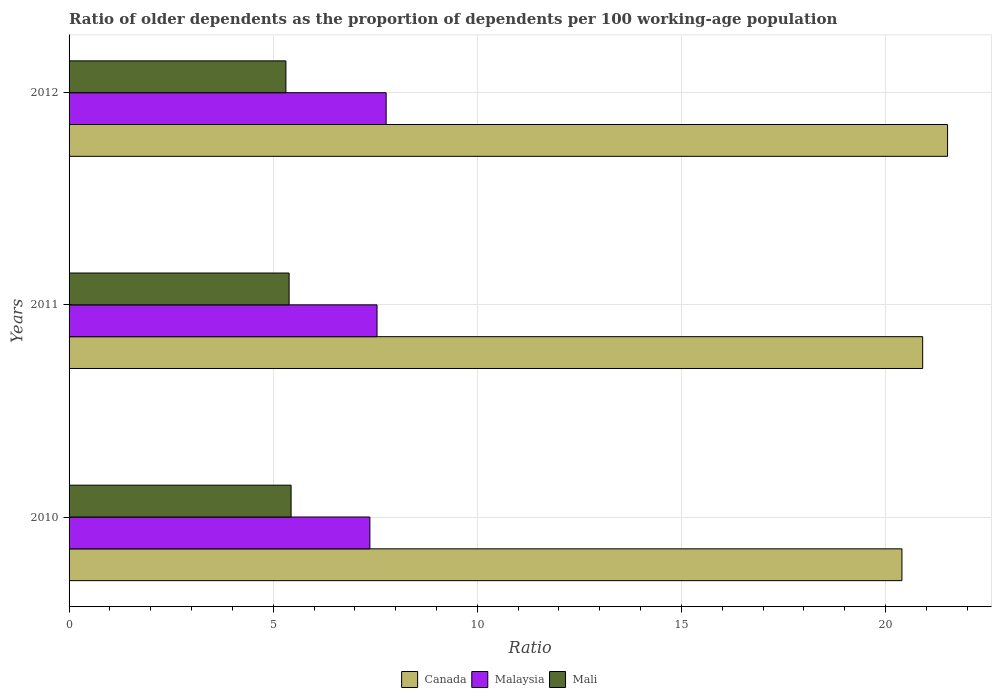
| Years | Canada | Malaysia | Mali |
 | --- | --- | --- | --- |
 | 2010 | 20.4 | 7.37 | 5.44 |
 | 2011 | 20.9 | 7.54 | 5.39 |
 | 2012 | 21.5 | 7.77 | 5.31 |